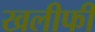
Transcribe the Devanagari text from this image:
खलीफी